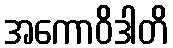
အကောဝိဒါတိ